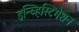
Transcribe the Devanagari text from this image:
इन्व्हिस्टिगेशन